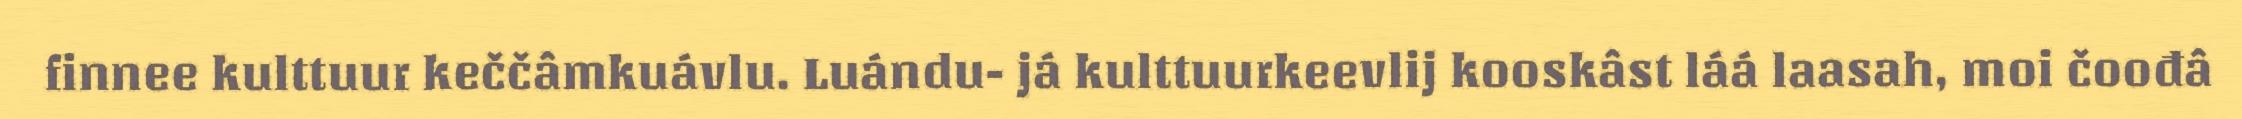
finnee kulttuur keččâmkuávlu. Luándu- já kulttuurkeevlij kooskâst láá laasah, moi čoođâ